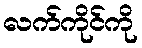
လက်ကိုင်ကို